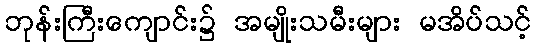
ဘုန်းကြီးကျောင်း၌ အမျိုးသမီးများ မအိပ်သင့်